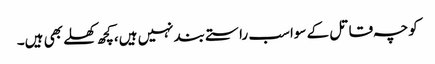
کوچہ قاتل کے سواسب راستے بندنہیں ہیں،کچھ کھلے بھی ہیں۔